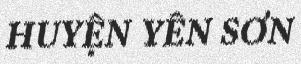
HUYỆN YÊN SƠN